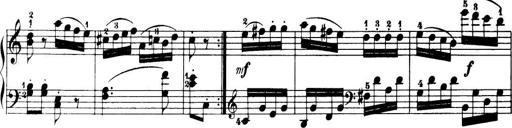
Title: 32 Sonatinas and Rondos for the Piano
Composer: Richard Kleinmichel